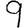
Digit: 9